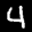
Label: 4